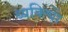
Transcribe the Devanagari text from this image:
व्यक्त्याेिं